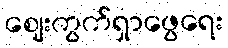
ဈေးကွက်ရှာဖွေရေး